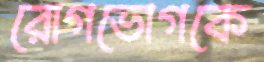
রোগভোগকে